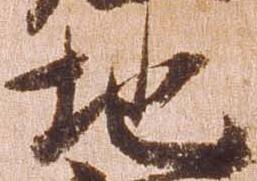
地